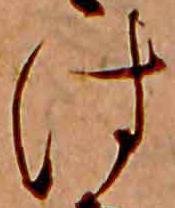
は